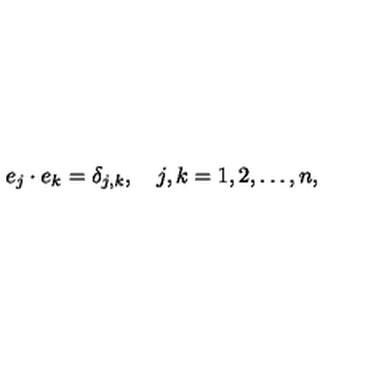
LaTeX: e _ { j } \cdot e _ { k } = \delta _ { j , k } , \quad j , k = 1 , 2 , \ldots , n ,